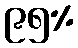
၉၅%